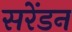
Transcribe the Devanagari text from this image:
सरेंडन